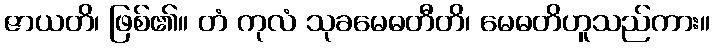
ဇာယတိ၊ ဖြစ်၏။ တံ ကုလံ သုခမေဓတီတိ၊ မေဓတိဟူသည်ကား။